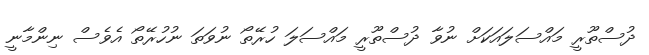
ދުސްތޫރީ މައްސަލައަކަށް ނުވާ ދުސްތޫރީ މައްސަލަ ހުރޭތޯ ނުވަތަ ނުހުރޭތޯ އެވެސް ނިންމާނީ